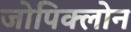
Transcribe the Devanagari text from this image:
जोपिक्लोन